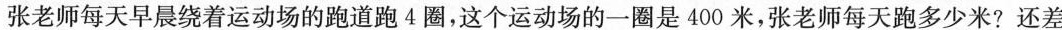
张老师每天早晨绕着运动场的跑道跑 4 圈，这个运动场的一圈是 400 米，张老师每天跑多少米?还差